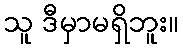
သူ ဒီမှာမရှိဘူး။